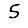
Digit: 5